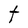
Character: T